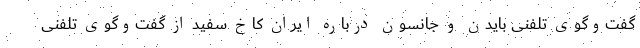
گفت‌وگوی تلفنی بایدن و جانسون درباره ایران کاخ سفید از گفت‌وگوی تلفنی